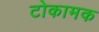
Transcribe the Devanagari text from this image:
टोकामक